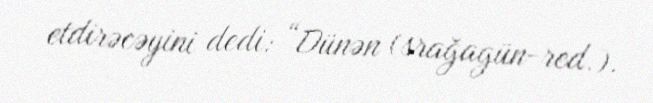
etdirəcəyini dedi: “Dünən (srağagün-red.).